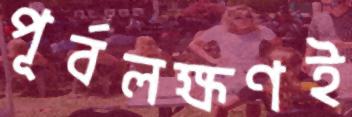
পূর্বলক্ষণই